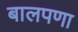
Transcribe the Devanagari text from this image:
बालपणा